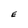
Character: E